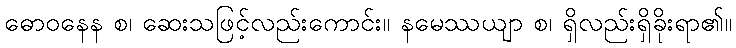
ဓောဝနေန စ၊ ဆေးသဖြင့်လည်းကောင်း။ နမေဿယျာ စ၊ ရှိလည်းရှိခိုးရာ၏။